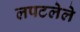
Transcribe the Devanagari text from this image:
लपटलेले